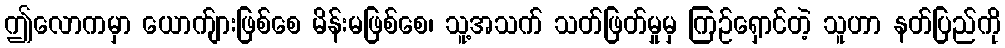
ဤလောကမှာ ယောက်ျားဖြစ်စေ မိန်းမဖြစ်စေ၊ သူ့အသက် သတ်ဖြတ်မှုမှ ကြဉ်ရှောင်တဲ့ သူဟာ နတ်ပြည်ကို